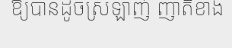
ឱ្យបានដូចស្រឡាញ់ ញាតិខាង